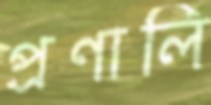
প্রণালি